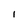
Character: i